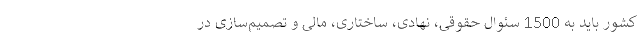
کشور باید به 1500 سئوال حقوقی، نهادی، ساختاری، مالی و تصمیم­سازی در